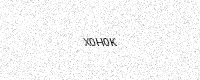
Text: X0H0K